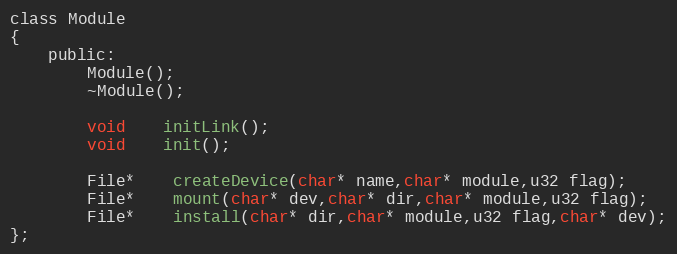
Language: C
class Module
{
	public:
		Module();
		~Module();

		void 	initLink();
		void 	init();

		File*	createDevice(char* name,char* module,u32 flag);
		File*	mount(char* dev,char* dir,char* module,u32 flag);
		File*	install(char* dir,char* module,u32 flag,char* dev);
};